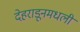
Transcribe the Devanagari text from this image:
देहराडूनमधली